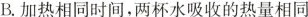
B.加热相同时间，两杯水吸收的热量相同